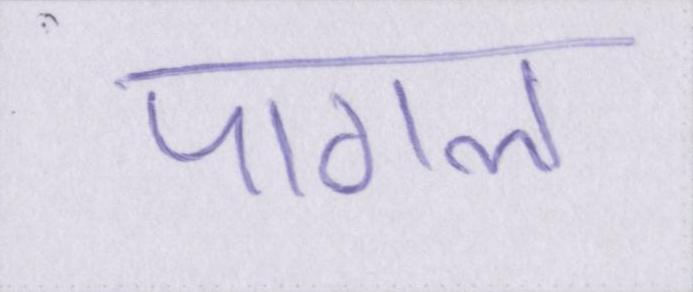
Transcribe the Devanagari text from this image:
पागल